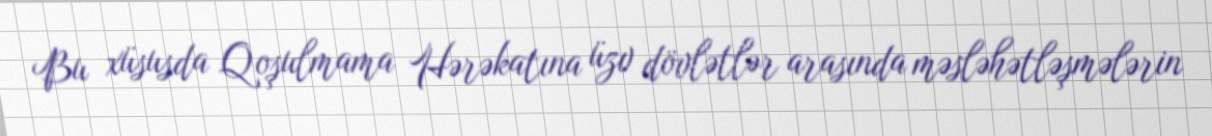
Bu xüsusda Qoşulmama Hərəkatına üzv dövlətlər arasında məsləhətləşmələrin